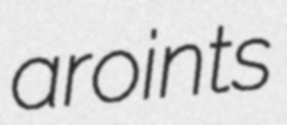
aroints